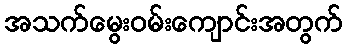
အသက်မွေးဝမ်းကျောင်းအတွက်